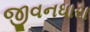
જીવનધારા